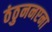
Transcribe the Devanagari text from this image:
ठंठुननएना